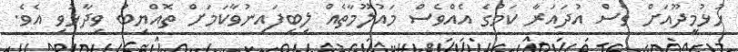
ހުޅުމީދޫއަށް ވެސް އުދައަރާ ކަމުގެ އެއްވެސް މައުލޫމާތެއް ލިބިފައިނުވާކަމަށް ތޮއްޔިބު ވިދާޅުވި އެވެ.